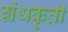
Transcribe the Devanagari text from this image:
ग्रंथकृती